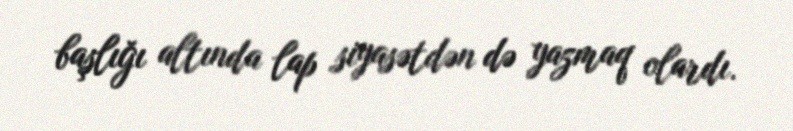
başlığı altında lap siyasətdən də yazmaq olardı.